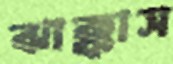
ঝাক্কাস